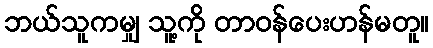
ဘယ်သူကမျှ သူ့ကို တာဝန်ပေးဟန်မတူ။